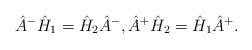
LaTeX: \begin{align*} \hat{A}^- \hat{H}_1 = \hat{H}_2 \hat{A}^-, \hat{A}^+ \hat{H}_2 = \hat{H}_1 \hat{A}^+.\end{align*}